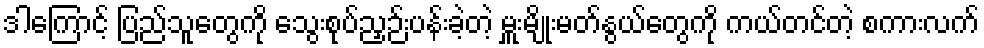
ဒါကြောင့် ပြည်သူတွေကို သွေးစုပ်ညှဉ်းပန်းခဲ့တဲ့ မှူးမျိုးမတ်နွယ်တွေကို ကယ်တင်တဲ့ စကားလက်